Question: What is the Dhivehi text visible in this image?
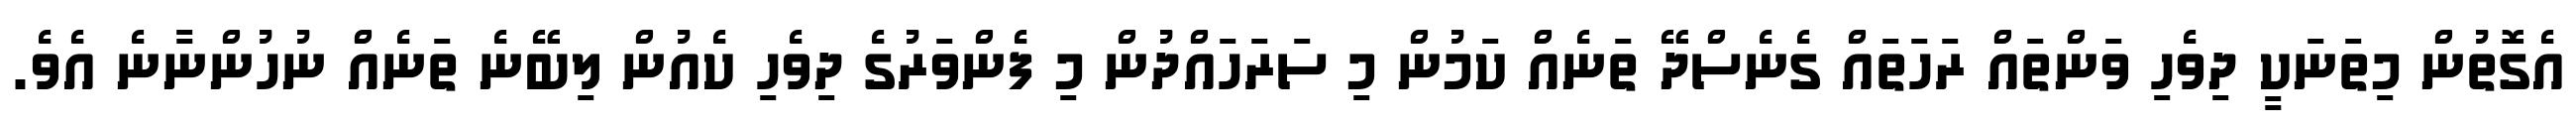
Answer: އެގޮތުން މިތަނަކީ ދިވެހި ވަންތައް ރަހަތައް ގެނެސްދޭ ތަނެއް ކަމުން މި ސަރަހައްދުން މި ފެންވަރުގެ ދިވެހި ކެއުން ލިބޭނެ ތަނެއް ނުހުންނާނެ އެވެ.